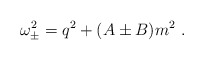
\begin{align*}\omega_{\pm}^{2} = q^{2} + (A\pm B) m^{2}\ .\end{align*}